Vaccination in Bombay 1924-1928 - 1924-1928
Year: 1924
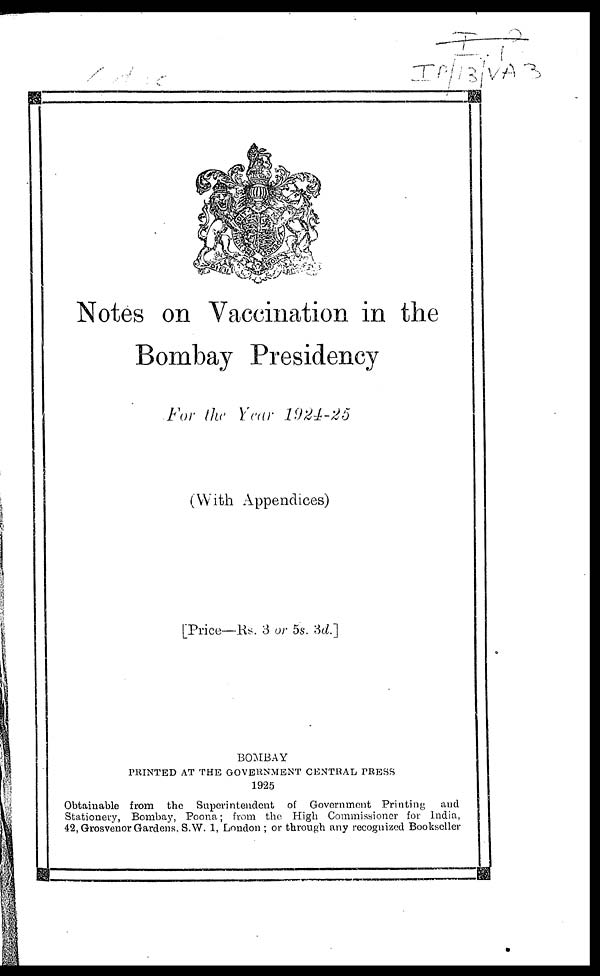
Notes on Vaccination in the
Bombay Presidency
For the Year 1924-25
(With Appendices)
[Price—Rs. 3 or 5s. 3d.]
BOMBAY
PRINTED AT THE GOVERNMENT CENTRAL PRESS
1925
Obtainable from the Superintendent of Government Printing
and
Stationery, Bombay, Poona; from the High Commissioner for India,
42, Grosvenor Gardens. S.W. 1, London ; or through any recognized Bookseller